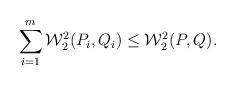
LaTeX: \begin{align*}\sum_{i=1}^m \mathcal{W}_2^2(P_i,Q_i) \le \mathcal{W}_2^2(P,Q).\end{align*}